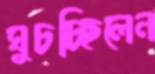
ঘুচচ্ছিলেন